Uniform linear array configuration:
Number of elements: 24
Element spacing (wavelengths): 0.5
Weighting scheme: exponential
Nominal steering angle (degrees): -45
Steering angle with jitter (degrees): -43.645
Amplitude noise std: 0.05
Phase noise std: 0.05

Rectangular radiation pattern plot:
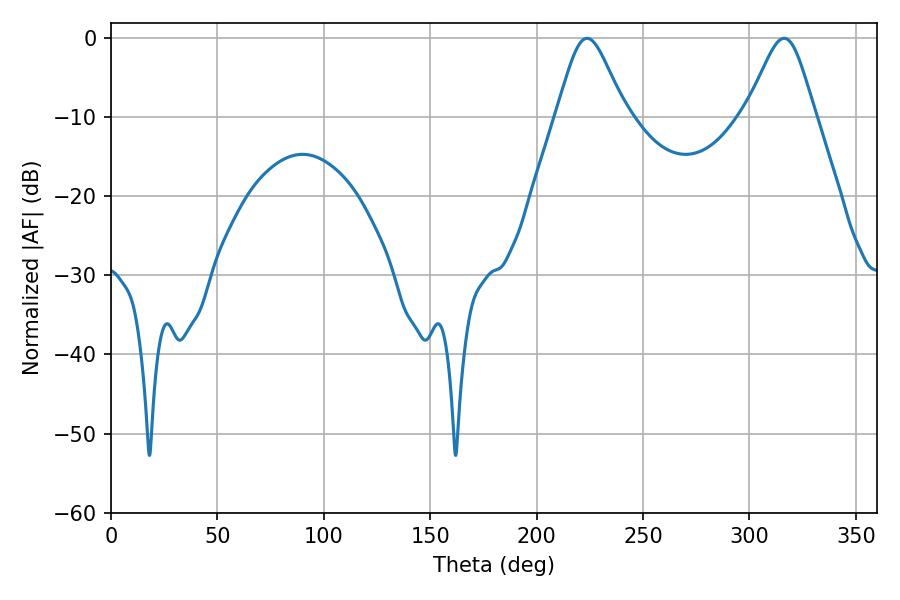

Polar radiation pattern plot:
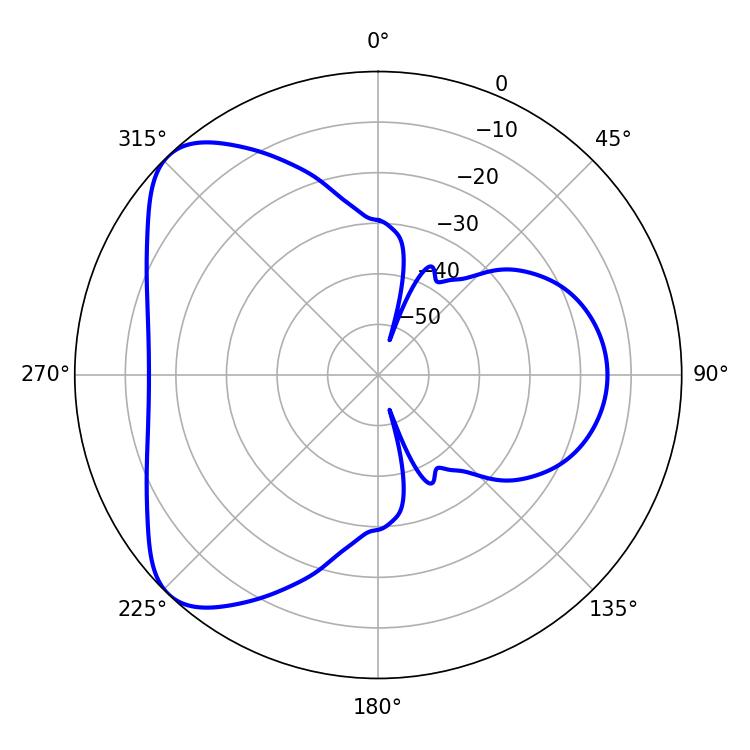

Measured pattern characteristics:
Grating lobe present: FALSE
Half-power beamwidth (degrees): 15.84
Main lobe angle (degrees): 223.74